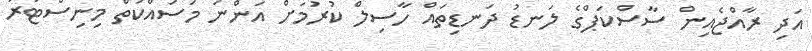
އަދި ރާއްޖެއިން ސާސްކަޕްގެ ލަނޑު ދަނޑިތައް ހާސިލް ކުރުމަށް އަންނަ މަސައްކަތް މިނިސްޓަރު